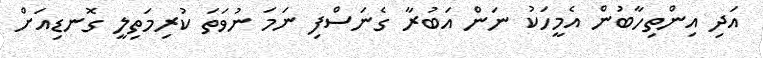
އަދި އިންތިހާބުން އެމީހަކު ނަން އަބުރާ ގެނަސްފި ނަމަ ނުވަތަ ކުރިމަތިލީ ގޮނޑިއަށް